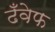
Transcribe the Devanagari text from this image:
ढँवेफ